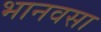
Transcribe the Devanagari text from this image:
भानवसा